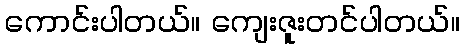
ကောင်းပါတယ်။ ကျေးဇူးတင်ပါတယ်။